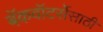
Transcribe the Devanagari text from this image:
बॅकवॉटर्सेसाठी